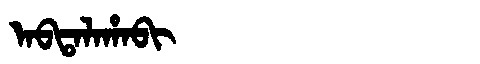
Manchu: ᠠᠪᡨᠠᠯᠠᡥᠠᠪᡳ
Romanization: ABTALAHABI